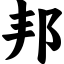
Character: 邦